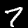
Digit: 7